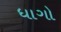
ધાગો